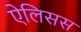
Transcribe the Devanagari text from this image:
ऐलिसस